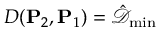
D ( \mathbf { P } _ { 2 } , \mathbf { P } _ { 1 } ) = \hat { \mathcal { D } } _ { \operatorname* { m i n } }